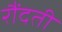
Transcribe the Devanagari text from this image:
रौंदती